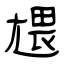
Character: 㞇